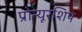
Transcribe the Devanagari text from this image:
प्रोन्‍यूरशिप